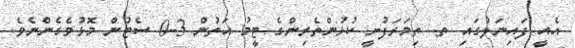
އެއީ ފައިނަލުގައި ތ. ތިމަރަފުށީ ކުޅުންތެރިންގެ ޓީމު އަތުން 3-0 ސެޓުން މޮޅުވެގެންނެވެ.